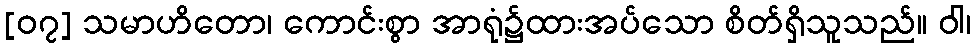
[၀၇] သမာဟိတော၊ ကောင်းစွာ အာရုံ၌ထားအပ်သော စိတ်ရှိသူသည်။ ဝါ၊